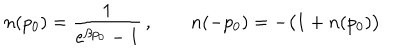
LaTeX: n ( p _ { 0 } ) = { \frac { 1 } { e ^ { \beta p _ { 0 } } - 1 } } \, , \qquad n ( - p _ { 0 } ) = - \bigl ( 1 + n ( p _ { 0 } ) \bigr )